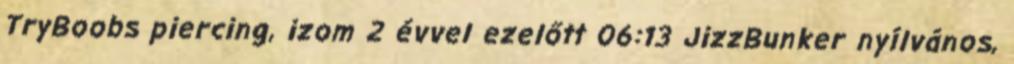
TryBoobs piercing, izom 2 évvel ezelőtt 06:13 JizzBunker nyílvános,